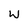
Character: w